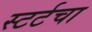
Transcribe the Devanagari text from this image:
स्टर्टचा